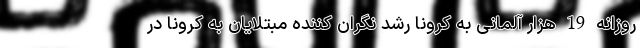
روزانه 19 هزار آلمانی به کرونا رشد نگران کننده مبتلایان به کرونا در